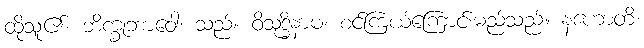
ထိုသူ၏။ ဘိက္ခုဘာဝေါ၊ သည်။ ဝိသုဒ္ဓိနာမ၊ စင်ကြယ်ကြောင်းမည်သည်။ နဟောတိ၊